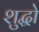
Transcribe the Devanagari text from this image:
शुद्धो